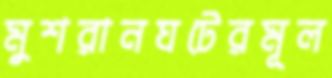
মুশরানঘটেরমূল